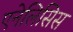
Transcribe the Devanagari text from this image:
एनेलिसिस